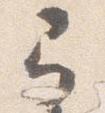
弓